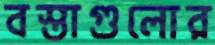
বস্তাগুলোর